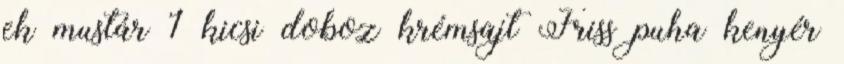
ek mustár 1 kicsi doboz krémsajt Friss puha kenyér